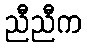
ညီညီက